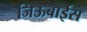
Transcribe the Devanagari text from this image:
जिऊबाईस